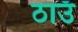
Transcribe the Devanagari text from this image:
ठाउँ